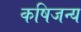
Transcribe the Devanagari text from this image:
कषिजन्य